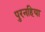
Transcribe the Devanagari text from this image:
पुरनहिया